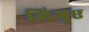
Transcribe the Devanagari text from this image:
मिगुए